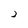
Character: 2